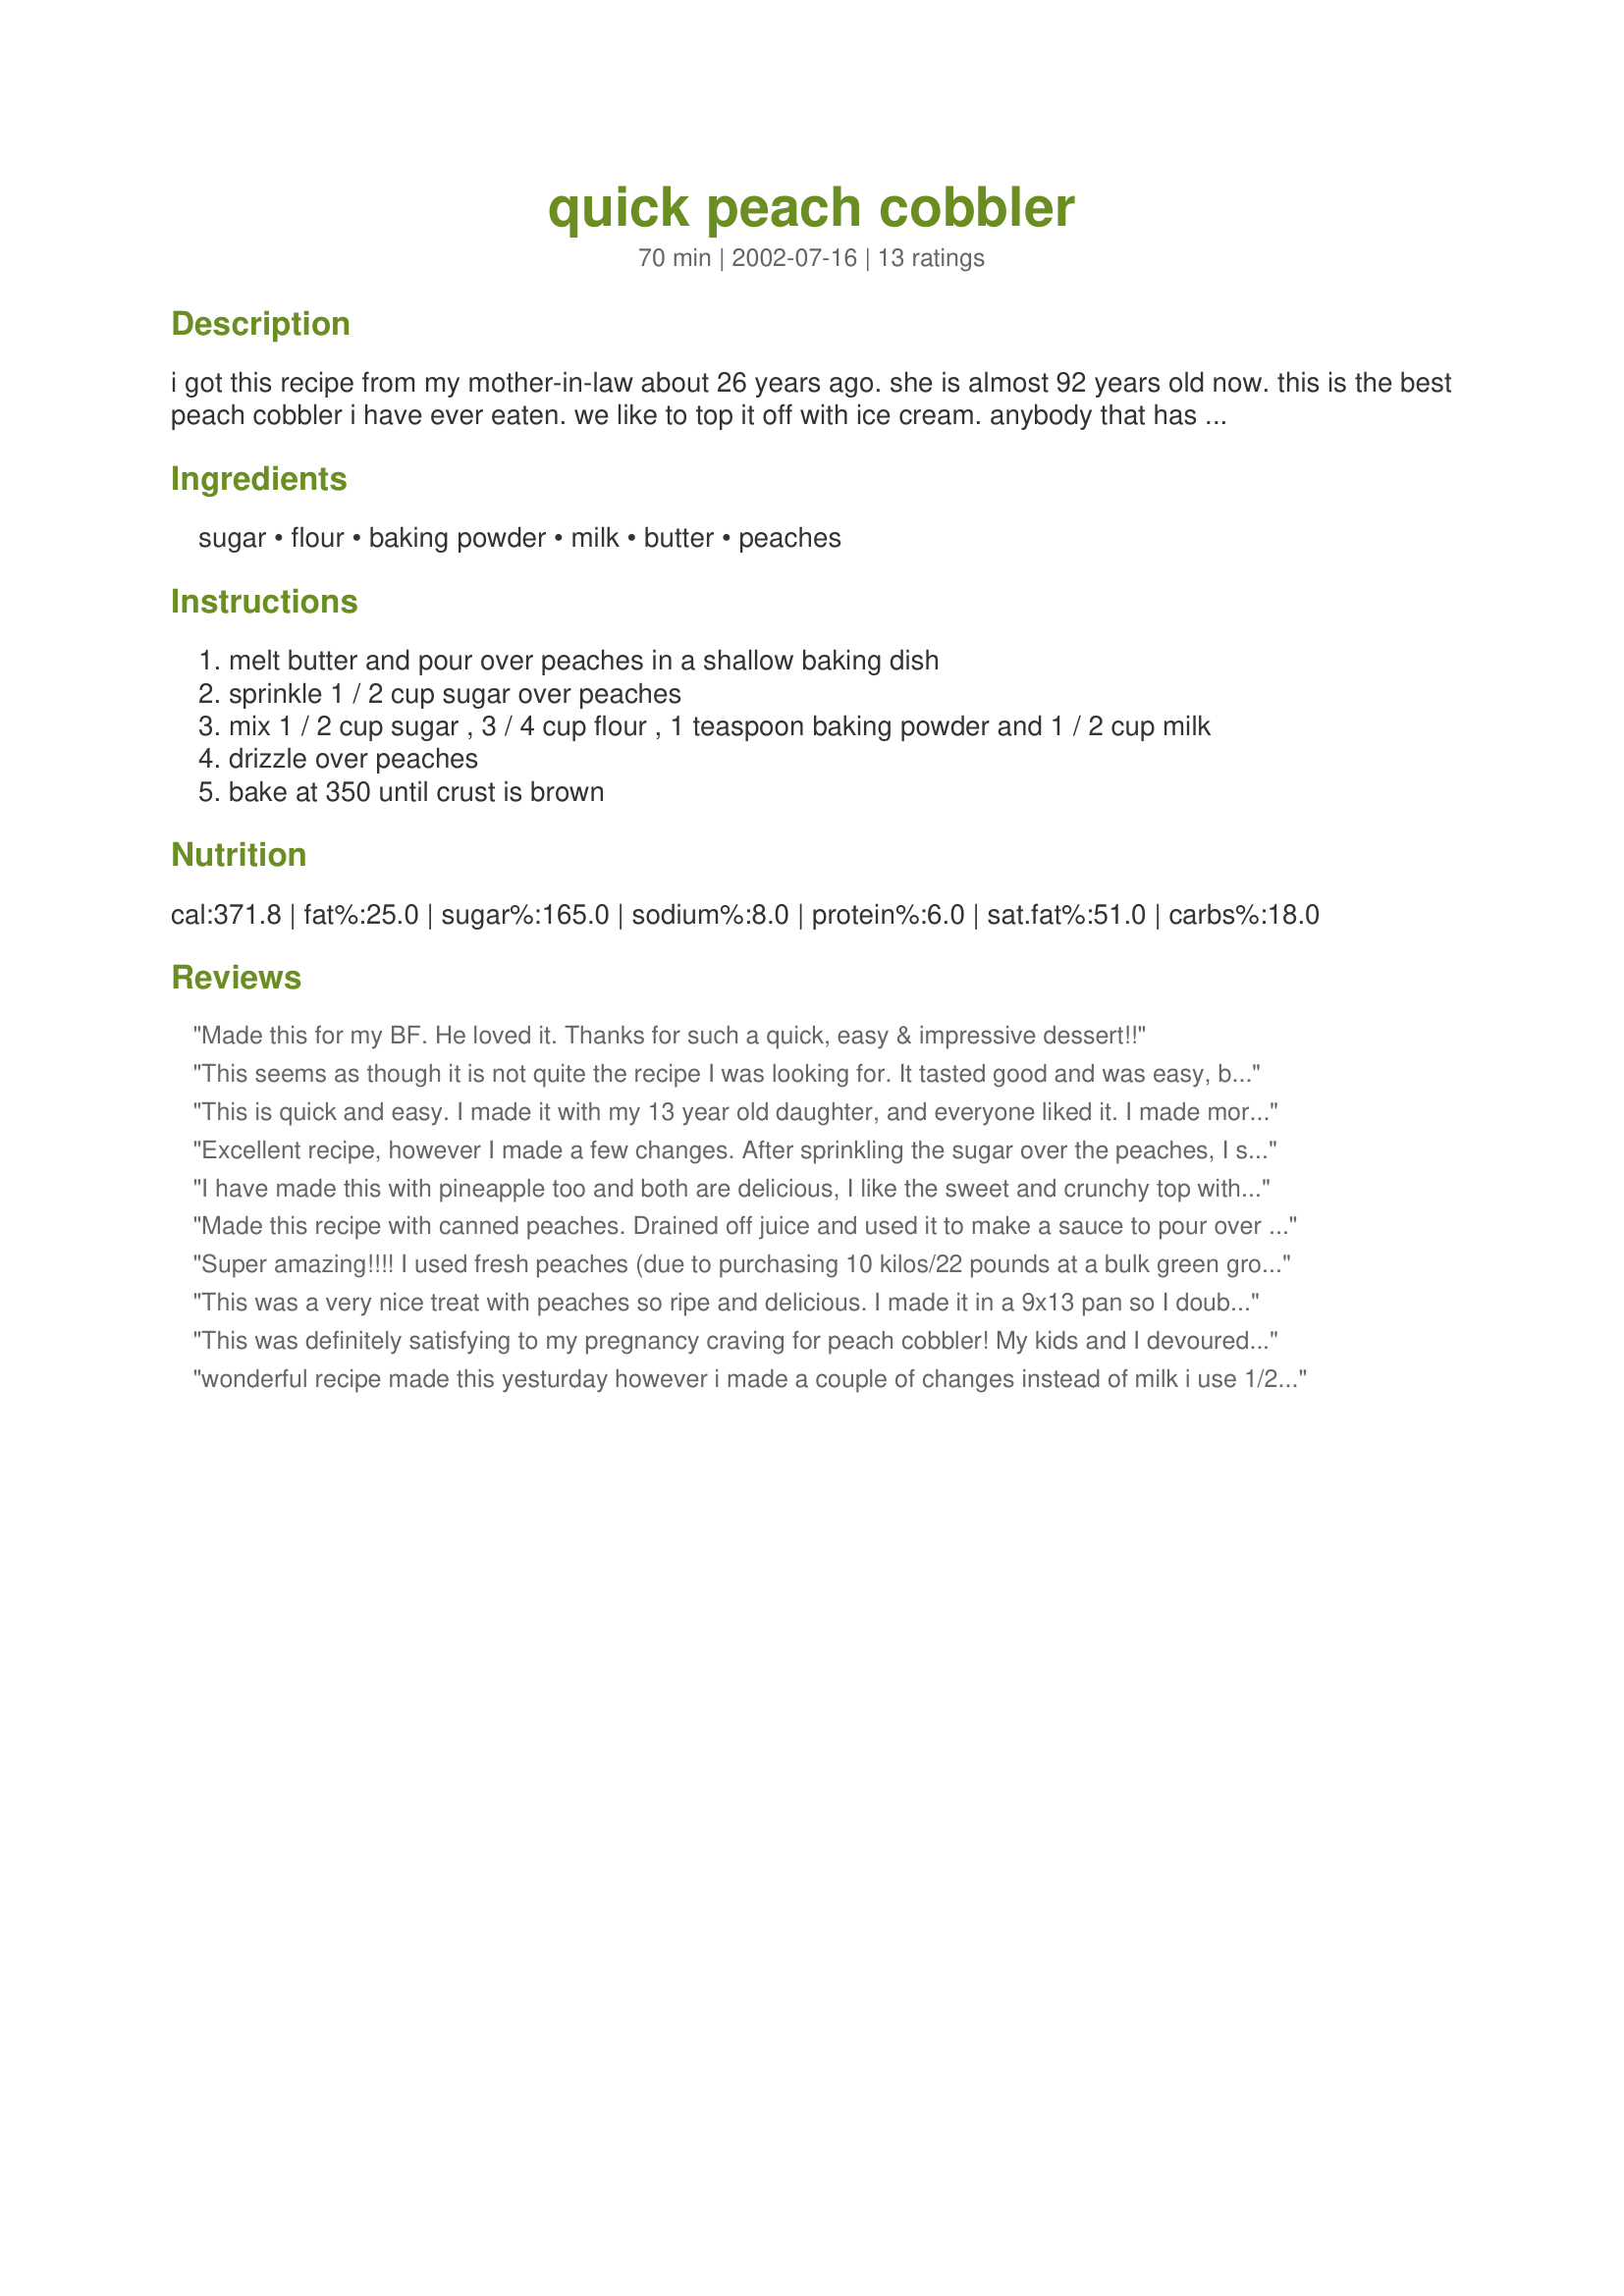
quick peach cobbler
Preparation time: 70 minutes

i got this recipe from my mother-in-law about 26 years ago. she is almost 92 years old now. this is the best peach cobbler i have ever eaten. we like to top it off with ice cream. anybody that has ever eaten this at my house loves it.

Ingredients:
sugar, flour, baking powder, milk, butter, peaches

Steps:
melt butter and pour over peaches in a shallow baking dish
sprinkle 1 / 2 cup sugar over peaches
mix 1 / 2 cup sugar , 3 / 4 cup flour , 1 teaspoon baking powder and 1 / 2 cup milk
drizzle over peaches
bake at 350 until crust is brown

Reviews:
Made this for my BF. He loved it. Thanks for such a quick, easy & impressive dessert!!
This seems as though it is not quite the recipe I was looking for. It tasted good and was easy, but the texture was looser than I thought it would be. I used 2 15-oz. cans of peaches. I baked this in a 9X13 pan (the recipe doesn't specify) but I think it needed to be in a smaller pan. It was completely done and about to burn after 50 minutes.
This is quick and easy. I made it with my 13 year old daughter, and everyone liked it. I made more of the topping than in the recipe, and it was great.
Excellent recipe, however I made a few changes. After sprinkling the sugar over the peaches, I sprinkled on some cinnamon and ground nutmeg. Also instead of adding 1/2 cup of milk to the crust, I reserved 1/2 cup of the peach juice from the canned peaches. Fantastic and totally delicious and satisfying. Thank you so much for an excellent recipe. There was not enough left after dinner for a midnight snack.
I have made this with pineapple too and both are delicious, I like the sweet and crunchy top with the warm and homey like peaches at the bottom. Thanks for sharing this recipe.
Made this recipe with canned peaches. Drained off juice and used it to make a sauce to pour over the top of cobbler while still warm. Excellent this way. Lots of compliments from fiance. I made my cobbler with 1/2 tsp. cinnamon, and 1/4 tsp. nutmeg. Perfect flavor.Cooked in 8x8 inch pan 30.min. at 350 oven. perfect. longer time up to l hour with fresh peaches. followed the rest of the recipe the same, only added spices and sauce. will definitely make often. Here's my sauce recipe for the top!!
Melt in small pot on stove, 1 tsp. margarine,2Tblsp.flour,keep stirring till makes a paste, cook for 1 minute, then add 1 cup of peach juice from the can, if not enough add a little water to make one cup.Then add 1/4 cup wh. sugar, dash of vanilla.Heat until slightly thickened, server warm over warm cobbler.
Enjoy. Jean
Super amazing!!!! I used fresh peaches (due to purchasing 10 kilos/22 pounds at a bulk green grocer). I have never had a cobbler before (not popular here in Australia) but I will be making this again as my hubby had one mouthful and said "oh boy, you can make this anytime!" I added vanilla to the wet mix with flour and like others I sprinkled the peaches cinnamon and a pinch of nutmeg. I also reduced the sugar to 2/3 of a cup was perfect for us. Thanks for posting this great recipe!
This was a very nice treat with peaches so ripe and delicious. I made it in a 9x13 pan so I doubled it and added a pinch of nutmeg.
This was definitely satisfying to my pregnancy craving for peach cobbler! My kids and I devoured half of this last night and the rest for breakfast. Although, until my diabetes is under control, I won't be making this again for a while:). Also, I kind of took some of the other advice and instead of just milk, I used 1/4 cup of the reserved peach juice and 1/4 cup of milk, which made the crust slightly sweet as opposed to using milk alone, but I bet it would have been just as good either way. Thanks for an awesome recipe!
wonderful recipe made this yesturday however i made a couple of changes instead of milk i use 1/2 cup of peach juice from canned peaches and instead of 1/2cup of sugar to sprinkle over peaches i use 1/4 cup of sugar. i double the recipe and use a 9x13 glass baking dish turn out good nice and golden
This was wonderful! My husband and I had a craving for something sweet but didn't have much on hand to work with. This was fast, easy and didn't take a lot of ingredients. It was so yummy! The whole pan is now gone. Thanks for sharing!
Awesome. Skipped the butter and it still tasted excellent. I agree wist suggestions about using the peach juice, though i haven't tried that out. Easy and great, thanks.
Delicious! This recipe took no time at all to make. I made it while all of my guests were over, and it was so fast and easy that they were surprised when I pulled a fantastic peach cobbler out of the oven. The only changes I made were to triple the recipe (lots of guests) and to throw in some apricots. Like I said, delicious! It would also be good with some spices, like robert suggested. People kept asking for the recipe. Thanks Sylvia!
